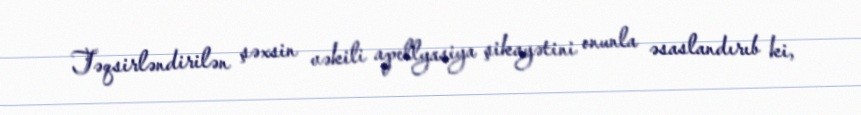
Təqsirləndirilən şəxsin vəkili apellyasiya şikayətini onunla əsaslandırıb ki,